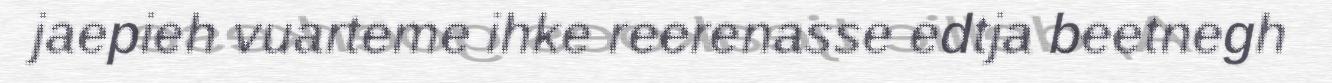
jaepieh vuarteme ihke reerenasse edtja beetnegh